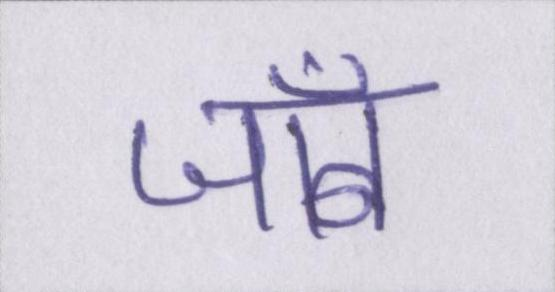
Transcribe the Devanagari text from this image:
जॉब